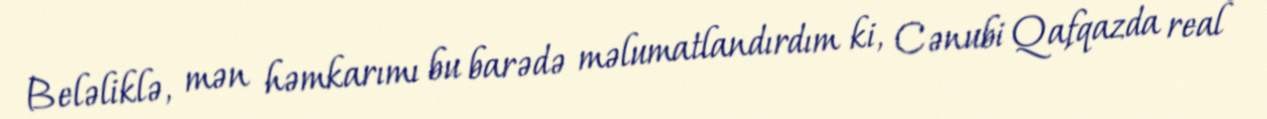
Beləliklə, mən həmkarımı bu barədə məlumatlandırdım ki, Cənubi Qafqazda real